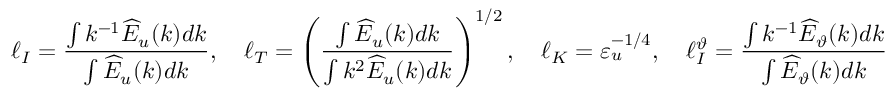
\ell _ { I } = \frac { \int k ^ { - 1 } \widehat { E } _ { u } ( k ) d k } { \int \widehat { E } _ { u } ( k ) d k } , \quad \ell _ { T } = \left( \frac { \int \widehat { E } _ { u } ( k ) d k } { \int k ^ { 2 } \widehat { E } _ { u } ( k ) d k } \right) ^ { 1 / 2 } , \quad \ell _ { K } = \varepsilon _ { u } ^ { - 1 / 4 } , \quad \ell _ { I } ^ { \vartheta } = \frac { \int k ^ { - 1 } \widehat { E } _ { \vartheta } ( k ) d k } { \int \widehat { E } _ { \vartheta } ( k ) d k }